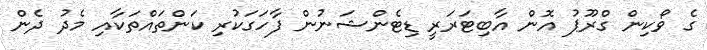
ގެ ވޯކިން ގްރޫޕު އޮން އާބިޓަރަރީ ޑިޓެންޝަނުން ފާހަގަކުރި ކަންތައްތަކާއި މެދު ދެން